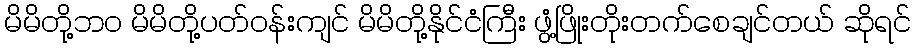
မိမိတို့ဘဝ မိမိတို့ပတ်ဝန်းကျင် မိမိတို့နိုင်ငံကြီး ဖွံ့ဖြိုးတိုးတက်စေချင်တယ် ဆိုရင်